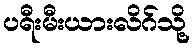
ပရီးမီးယားလိဂ်သို့